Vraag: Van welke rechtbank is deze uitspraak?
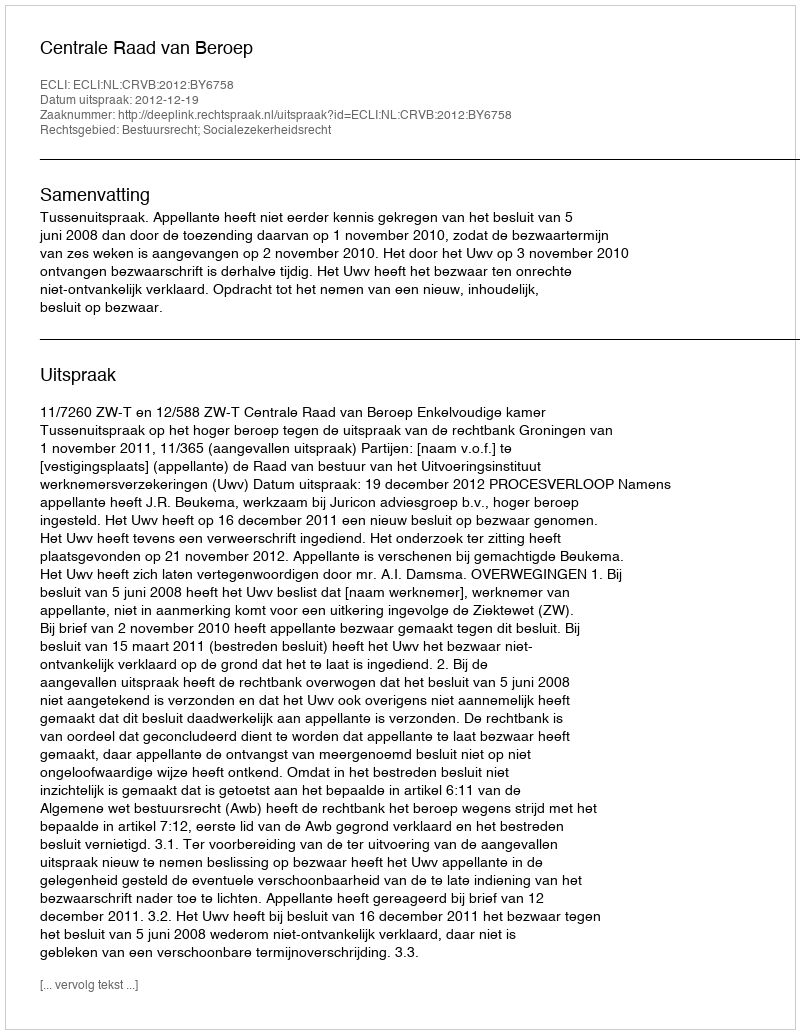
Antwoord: Centrale Raad van Beroep